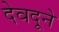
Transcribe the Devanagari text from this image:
देवदूने